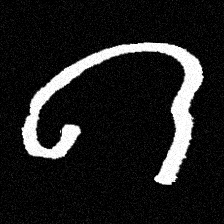
Pyu character \u2014 Myanmar letter: ဂ (romanized: ga)